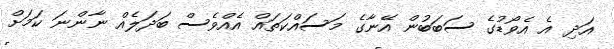
އަދި އެ އެވޯޑުގެ ސަބަބުން އޭނާގެ މަސައްކަތައް އެއްވެސް ބަދަލެއް ނާންނަ ކަމަށް